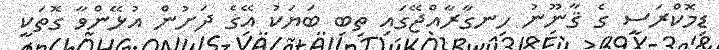
ޑިމޮކްރަސީ ގެ ޤާނޫނު ހިނގާރާއްޖޭގައި ތިބި ބަޔަކު އޭގެ ދަށުން އުޅޭންވާ ގޮތަކީ